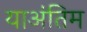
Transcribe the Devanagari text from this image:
याअंतिम